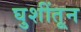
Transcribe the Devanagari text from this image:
घुशींतून